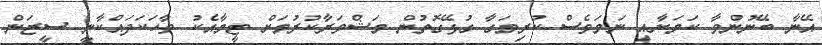
އޭނާ ބޭނުންވާ ކަމަށާއި ނަމަވެސް ކުރިމަގާ ގުޅޭގޮތުން މަޝްވަރާކުރުމަށް ޓީމާއެކު ވާހަކަދައްކާނީ ސީޒަން